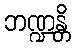
ဘဏ္ဍန္တိ